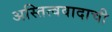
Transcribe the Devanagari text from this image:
अस्तित्ववादाची